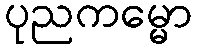
ပုညကမ္မော